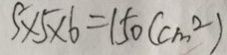
5 \times 5 \times 6 = 1 5 0 ( c m ^ { 2 } )